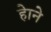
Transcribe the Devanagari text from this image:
हेाने